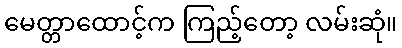
မေတ္တာထောင့်က ကြည့်တော့ လမ်းဆုံ။